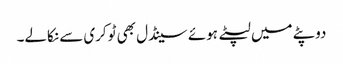
دوپٹے میں لپٹے ہوئے سینڈل بھی ٹوکری سے نکالے۔